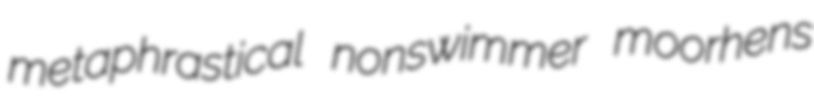
metaphrastical nonswimmer moorhens